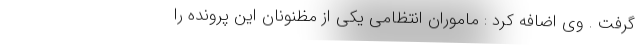
گرفت . وی اضافه کرد : ماموران انتظامی یکی از مظنونان این پرونده را